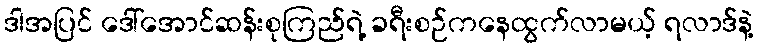
ဒါအပြင် ဒေါ်အောင်ဆန်းစုကြည်ရဲ့ ခရီးစဉ်ကနေထွက်လာမယ့် ရလာဒ်နဲ့